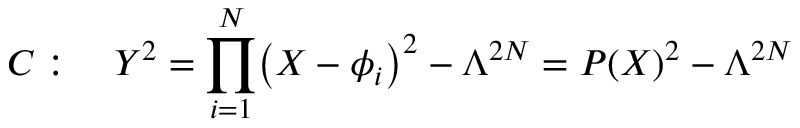
{ \cal C } : \quad Y ^ { 2 } = \prod _ { i = 1 } ^ { N } \bigl ( X - \phi _ { i } \bigr ) ^ { 2 } - \Lambda ^ { 2 N } = P ( X ) ^ { 2 } - \Lambda ^ { 2 N }